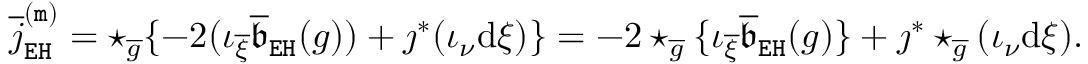
\begin{array} { r } { \overline { { j } } _ { \mathtt { E H } } ^ { \mathtt { ( m ) } } = \star _ { \overline { { g } } } \{ - 2 ( \iota _ { \overline { { \xi } } } \overline { { \mathfrak { b } } } _ { \mathtt { E H } } ( g ) ) + \jmath ^ { * } ( \iota _ { \nu } \mathrm { d } \xi ) \} = - 2 \star _ { \overline { { g } } } \{ \iota _ { \overline { { \xi } } } \overline { { \mathfrak { b } } } _ { \mathtt { E H } } ( g ) \} + \jmath ^ { * } \star _ { \overline { { g } } } ( \iota _ { \nu } \mathrm { d } \xi ) . } \end{array}